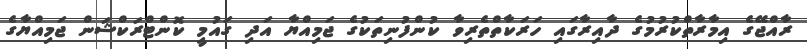
ރާއްޖޭގެ އިމާރާތްކުރުމުގެ ދާއިރާގައި ހަރަކާތްތެރިވާ ކުންފުނިތަކުގެ ޖަމިއްޔާ އަދި ގައުމީ ކޮންޓްރަކްޝަން ޖަމިއްޔާގެ